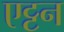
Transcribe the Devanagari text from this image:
एट्टन